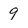
Character: 9